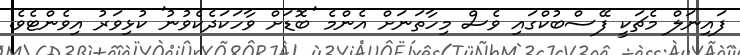
ފައިނަލް މެޗަކީ ފޭސްބުކްގައި ވެސް މިހާތަނަށް އެންމެ 'ބޮޑަށް ވާހަކަދެކެވުނު' ކުޅިވަރު އިވެންޓެވެ.